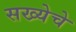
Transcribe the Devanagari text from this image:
सख्येचे